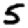
Digit: 5